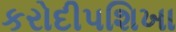
કરોદીપશિખા